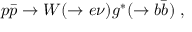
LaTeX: p \bar { p } \rightarrow W ( \rightarrow e \nu ) g ^ { * } ( \rightarrow b \bar { b } ) \ ,